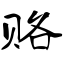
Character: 赂